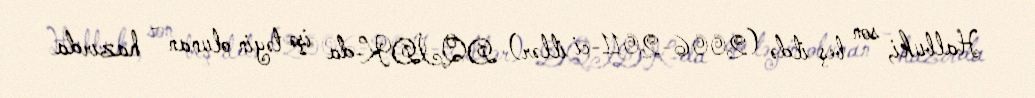
Halbuki, son beş ildə (2006-2011-ci illər) DQİDK-da işə təyin olunan - hazırda